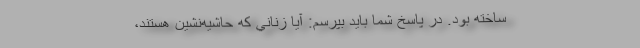
ساخته بود. در پاسخ شما بايد بپرسم: آيا زناني كه حاشيه‌نشين هستند،